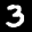
Label: 3